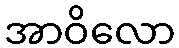
အာဝိလော